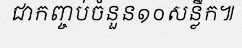
ជាកញ្ចប់ចំនួន១០សន្លឹក៕